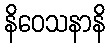
နိဝေသနာနိ